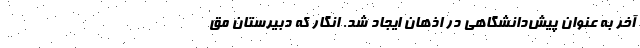
آخر به عنوان پیش‌دانشگاهی در اذهان ایجاد شد. انگار که دبیرستان مق